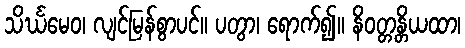
သိင်္ဃမေဝ၊ လျင်မြန်စွာပင်။ ပတွာ၊ ရောက်၍။ နိဝတ္တန္တိယထာ၊